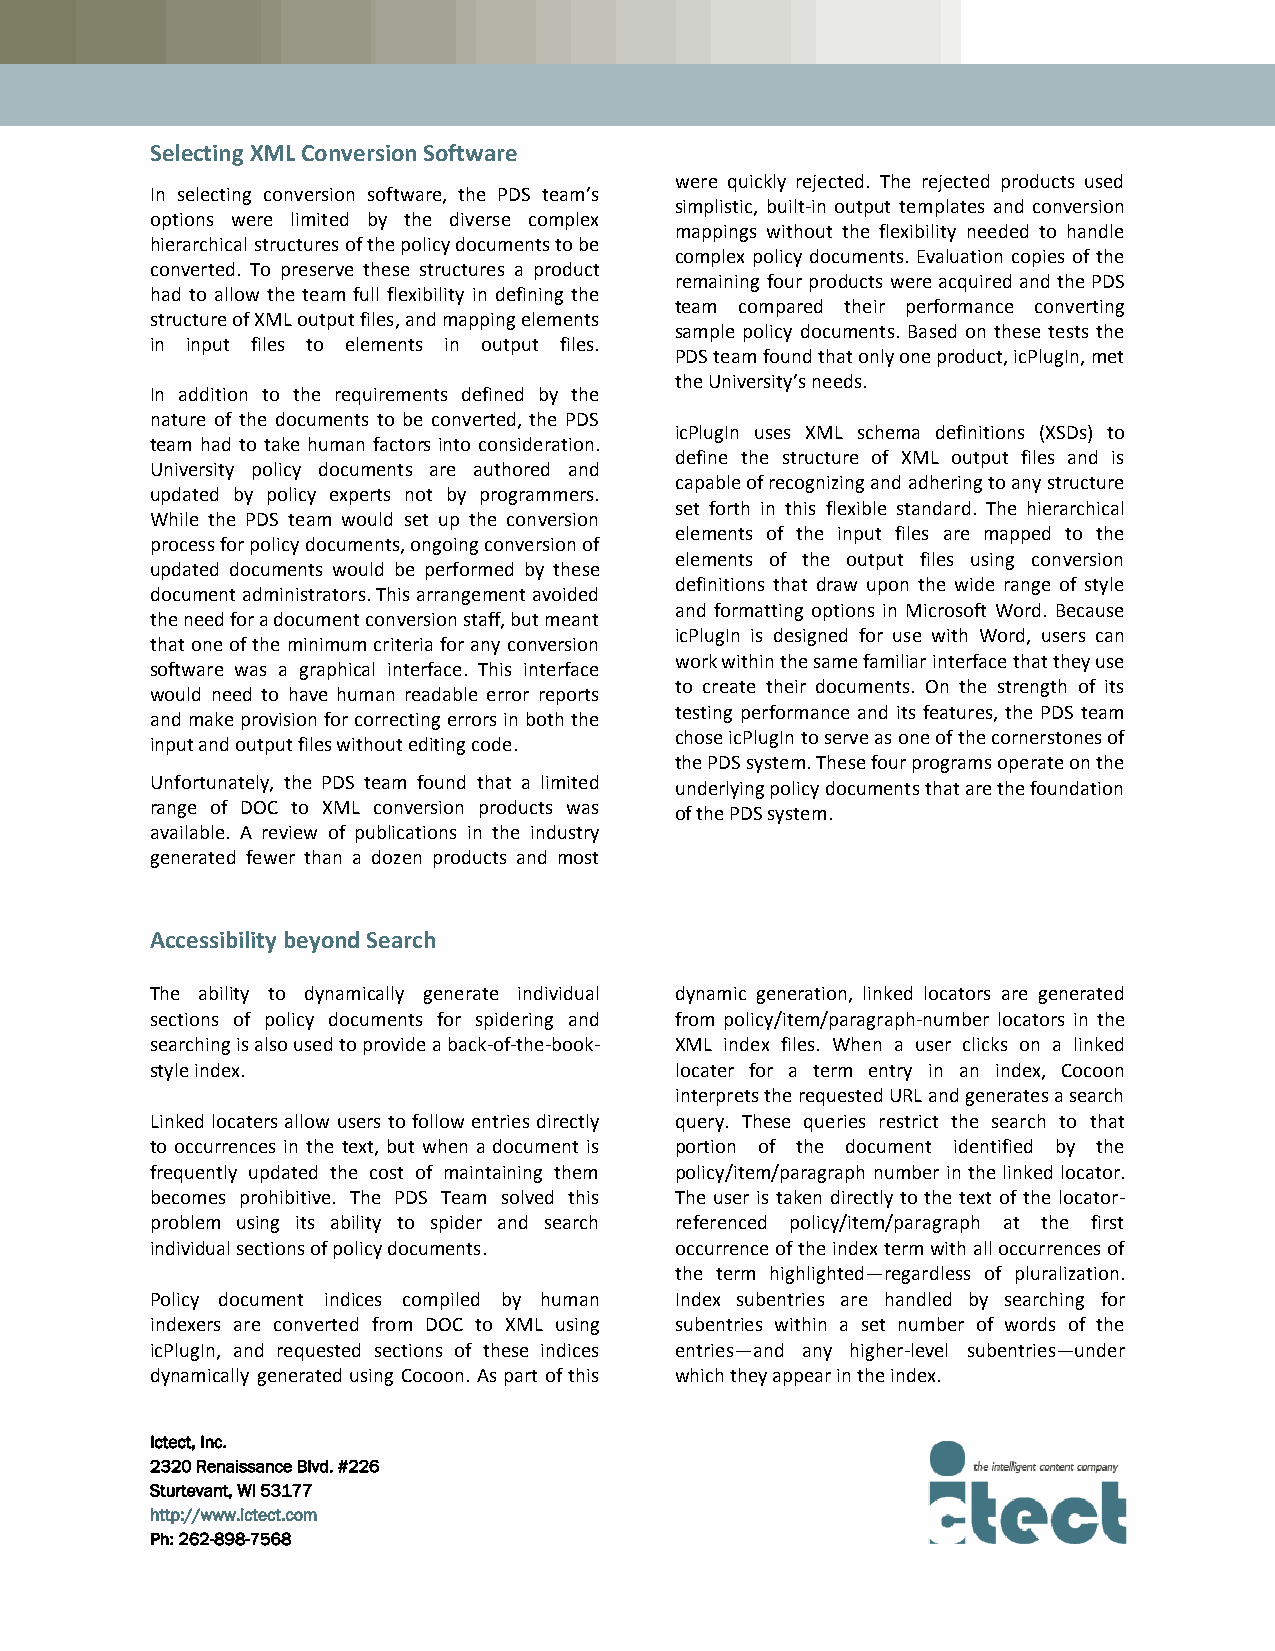
Selecting XML Conversion Software
 were quickly rejected. The rejected products used
 In selecting conversion software, the PDS team’s
 simplistic, built-in output templates and conversion
 options were limited by the diverse complex
 mappings without the flexibility needed to handle
 hierarchical structures of the policy documents to be
 complex policy documents. Evaluation copies of the
 converted. To preserve these structures a product
 remaining four products were acquired and the PDS
 had to allow the team full flexibility in defining the
 team compared their performance converting
 structure of XML output files, and mapping elements
 sample policy documents. Based on these tests the
 in input files to elements in output files.
 PDS team found that only one product, icPlugIn, met
 the University’s needs.
 In addition to the requirements defined by the
 nature of the documents to be converted, the PDS
 icPlugIn uses XML schema definitions (XSDs) to
 team had to take human factors into consideration.
 define the structure of XML output files and is
 University policy documents are authored and
 capable of recognizing and adhering to any structure
 updated by policy experts not by programmers.
 set forth in this flexible standard. The hierarchical
 While the PDS team would set up the conversion
 elements of the input files are mapped to the
 process for policy documents, ongoing conversion of
 elements of the output files using conversion
 updated documents would be performed by these
 definitions that draw upon the wide range of style
 document administrators. This arrangement avoided
 and formatting options in Microsoft Word. Because
 the need for a document conversion staff, but meant
 icPlugIn is designed for use with Word, users can
 that one of the minimum criteria for any conversion
 work within the same familiar interface that they use
 software was a graphical interface. This interface
 to create their documents. On the strength of its
 would need to have human readable error reports
 testing performance and its features, the PDS team
 and make provision for correcting errors in both the
 chose icPlugIn to serve as one of the cornerstones of
 input and output files without editing code.
 the PDS system. These four programs operate on the
 Unfortunately, the PDS team found that a limited underlying policy documents that are the foundation
 range of DOC to XML conversion products was
 of the PDS system.
 available. A review of publications in the industry
 generated fewer than a dozen products and most
 Accessibility beyond Search
 The ability to dynamically generate individual dynamic generation, linked locators are generated
 sections of policy documents for spidering and from policy/item/paragraph-number locators in the
 searching is also used to provide a back-of-the-book- XML index files. When a user clicks on a linked
 style index.                       locater for a term entry in an index, Cocoon
 interprets the requested URL and generates a search
 Linked locaters allow users to follow entries directly query. These queries restrict the search to that
 to occurrences in the text, but when a document is portion of the document identified by the
 frequently updated the cost of maintaining them policy/item/paragraph number in the linked locator.
 becomes prohibitive. The PDS Team solved this The user is taken directly to the text of the locator-
 problem using its ability to spider and search referenced policy/item/paragraph at the first
 individual sections of policy documents. occurrence of the index term with all occurrences of
 the term highlighted—regardless of pluralization.
 Policy document indices compiled by human Index subentries are handled by searching for
 indexers are converted from DOC to XML using subentries within a set number of words of the
 icPlugIn, and requested sections of these indices entries—and any higher-level subentries—under
 dynamically generated using Cocoon. As part of this which they appear in the index.
 Ictect, Inc.
 2320 Renaissance Blvd. #226
 Sturtevant, WI 53177
 http://www.ictect.com
 Ph: 262-898-7568